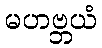
မဟဗ္ဘယံ